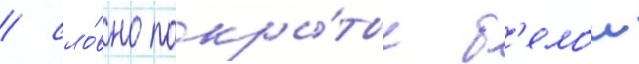
/ сло́вно покры́тые б'елои